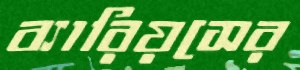
ব্যারিয়সের